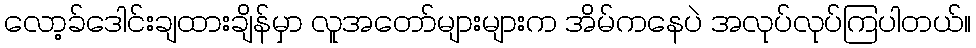
လော့ခ်ဒေါင်းချထားချိန်မှာ လူအတော်များများက အိမ်ကနေပဲ အလုပ်လုပ်ကြပါတယ်။